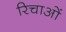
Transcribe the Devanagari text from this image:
रिचाओं